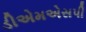
ડીએમએસપી